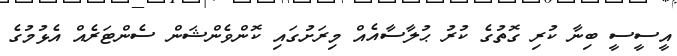
އީސީސީ ބިނާ ކުރި ގޮތުގެ ކުރު ޙުލާސާއެއް މިރަށުގައި ކޮންވެންޝަން ސެންޓަރެއް އެޅުމުގެ